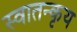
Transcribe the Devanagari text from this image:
स्वातन्कृय